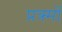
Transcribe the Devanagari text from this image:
प्रक्र्मों